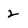
Character: 2